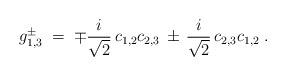
LaTeX: \begin{align*}g_{1,3}^\pm \;=\; \mp\frac{i}{\sqrt{2}}\,c_{1,2}c_{2,3}\,\pm\, \frac{i}{\sqrt{2}}\,c_{2,3}c_{1,2}\;.\end{align*}